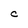
Character: C